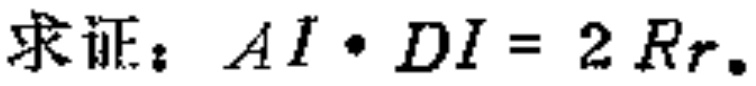
求证：\(AI\cdot DI = 2Rr\)。